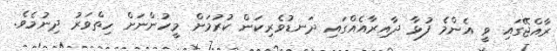
ރާއްޖޭގައި ވީ އެންމެ ފުޅާ ދާއިރާއެއްގައި ދަނޑުވެރިކަން ކުރުމަށް މީހުންނަށް ހިތްވަރު ދިނުމެވެ.